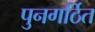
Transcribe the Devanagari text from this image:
पुनगर्ठित